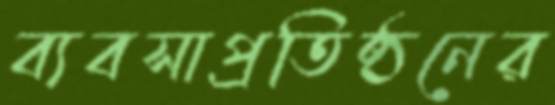
ব্যবসাপ্রতিষ্ঠনের